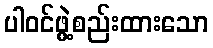
ပါဝင်ဖွဲ့စည်းထားသော